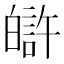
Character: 𤾟